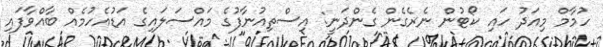
ހުމާމް މިއަދު ހައި ކޯޓުން ނެރެގެން ގެންދަނީ: އިސްތިއުނާފުގެ މައްސަލައިގެ އަޑުއެހުމެއް ބާއްވާފައި